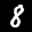
Label: 8